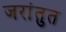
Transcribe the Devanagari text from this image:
जरांतुत